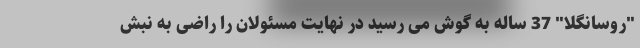
"روسانگلا" 37 ساله به گوش می رسید در نهایت مسئولان را راضی به نبش